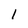
Character: l